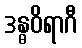
ဒန္ဓဝိရာဂီ